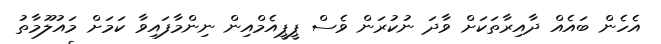
އެހެން ބައެއް ދާއިރާތަކަށް ވާދަ ނުކުރަން ވެސް ޕީޕީއެމްއިން ނިންމާފައިވާ ކަމަށް މައުލޫމާތު